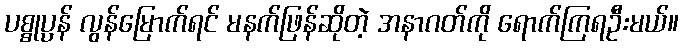
ပစ္စုပ္ပန် လွန်မြောက်ရင် မနက်ဖြန်ဆိုတဲ့ အနာဂတ်ကို ရောက်ကြရဦးမယ်။